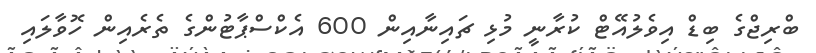
ބްރިޖްގެ ބިޑް އިވެލުއޭޓް ކުރާނީ މުޅި ޗައިނާއިން 600 އެކްސްޕާޓުންގެ ތެރެއިން ހޮވާލައި